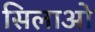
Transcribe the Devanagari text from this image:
सिलाओ